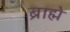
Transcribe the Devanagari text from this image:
ब्राह्मे